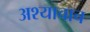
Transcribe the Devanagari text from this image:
अश्याचाच